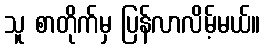
သူ စာတိုက်မှ ပြန်လာလိမ့်မယ်။